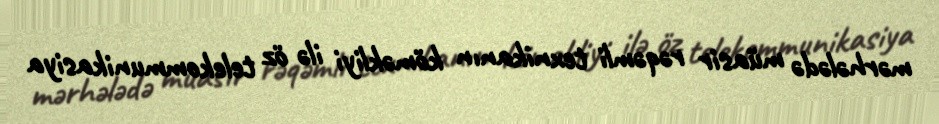
mərhələdə müasir rəqəmli texnikanın köməkliyi ilə öz telekommunikasiya